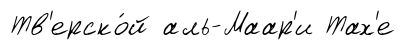
Тв'ерско́й аль-Маар'и Тах'е